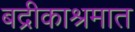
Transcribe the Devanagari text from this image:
बद्रीकाश्रमात